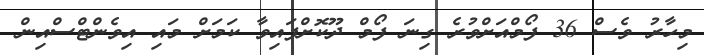
މިހާރު ވެސް 36 ފޯމްއަށްވުރެ ގިނަ ފޯމް ދޫކޮށްފައިވާ ކަމަށް މައި އިވެންޓްސްއިން